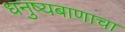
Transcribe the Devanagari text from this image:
धनुष्यबाणाचा